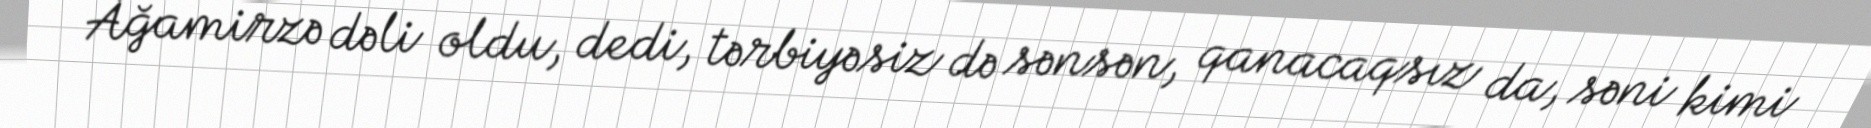
Ağamirzə dəli oldu, dedi, tərbiyəsiz də sənsən, qanacaqsız da, səni kimi